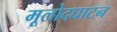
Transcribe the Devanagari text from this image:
मूलोदघाटन